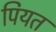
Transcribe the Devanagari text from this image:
पियत